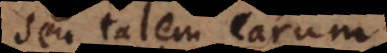
seu talem earum